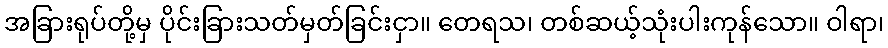
အခြားရုပ်တို့မှ ပိုင်းခြားသတ်မှတ်ခြင်းငှာ။ တေရသ၊ တစ်ဆယ့်သုံးပါးကုန်သော။ ဝါရာ၊